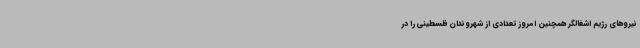
نیروهای رژیم اشغالگر همچنین امروز تعدادی از شهروندان فلسطینی را در